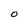
Character: O